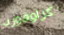
كراوفورد